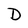
Character: D